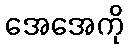
အေအေကို